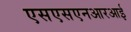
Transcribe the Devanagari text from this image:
एसएसएनआरआई